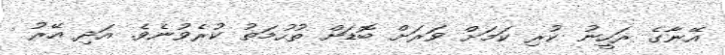
އޭނާގެ ރަހީނު ކުރި ކަމަށް ވަރަށް ބޮޑަށް ތުހުމަތު ކުރެވުނެވެ. އަދި އޭރު